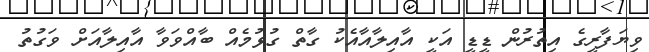
ވިޔަފާރީގެ އިތުރުން ޑީޑީ އަކީ އާއިލާއާއެކު ގާތް ގުޅުމެއް ބާއްވަވާ އާއިލާއަށް ވަގުތު